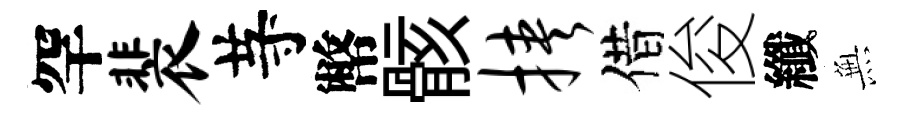
罕裴䒭幣骸挟借俊纖𭴾